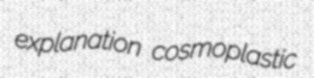
explanation cosmoplastic